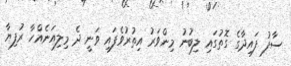
ސާފު ފައިދާގެ ގޮތުގައި ލިބުނު މިންވަރު އިތުރުވެފައި ވަނީ ދެ މިލިއަނެއްހާ ރުފިޔާ